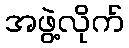
အဖွဲ့လိုက်